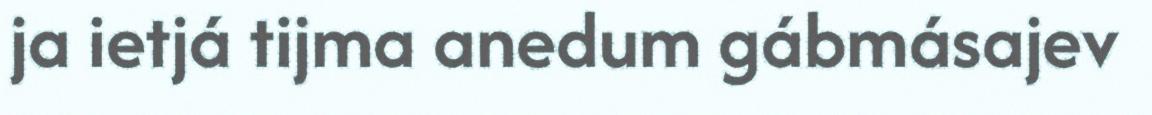
ja ietjá tijma anedum gábmásajev